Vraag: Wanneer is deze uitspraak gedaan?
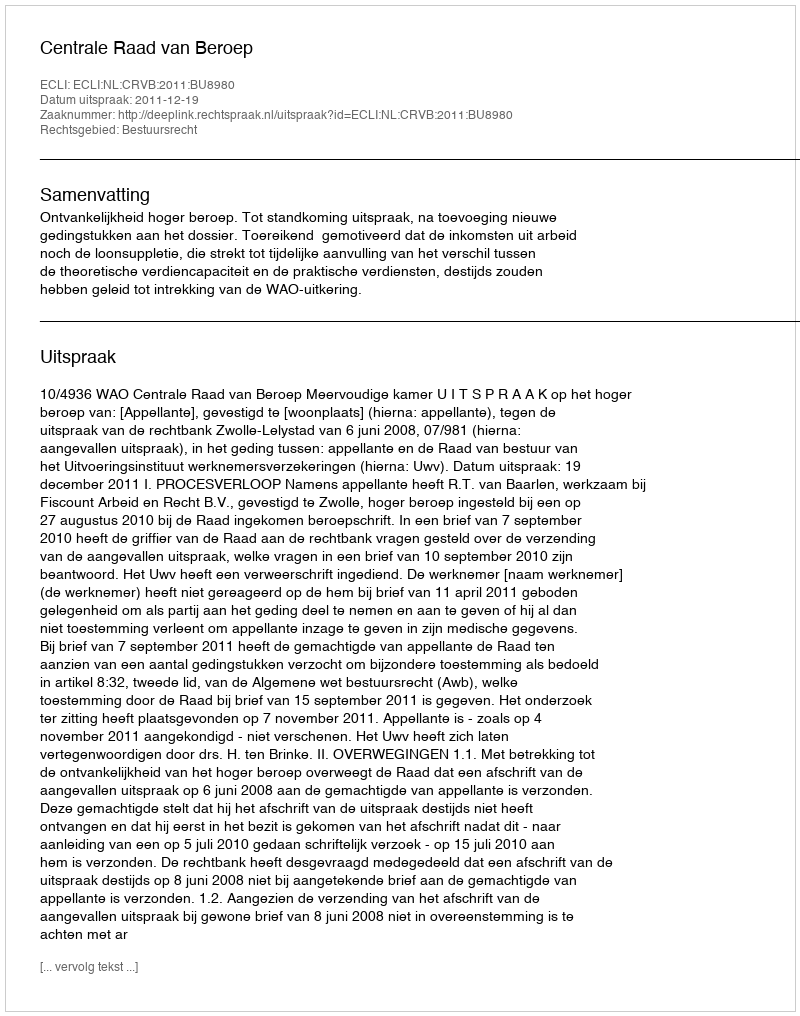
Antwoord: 2011-12-19